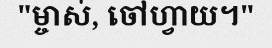
"ម្ចាស់, ចៅហ្វាយ។"